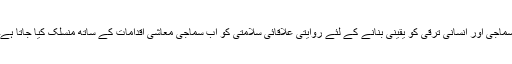
سماجی اور انسانی ترقی کو یقینی بنانے کے لئے روایتی علاقائی سلامتی کو اب سماجی معاشی اقدامات کے ساتھ منسلک کیا جاتا ہے۔